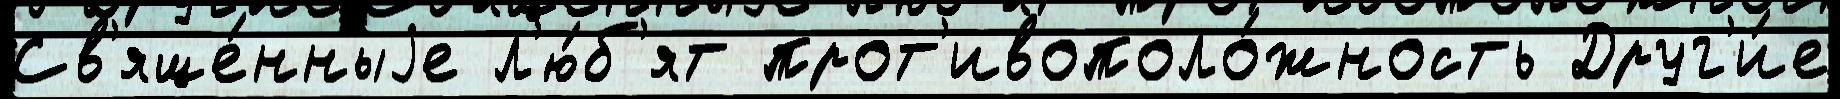
Св'яще́нныjе л'ю́б'ят прот'ивополо́жность Друг'и́е